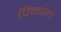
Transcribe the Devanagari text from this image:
पिकाया